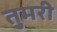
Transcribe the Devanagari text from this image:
तुमरी